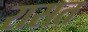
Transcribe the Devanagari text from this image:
रासत